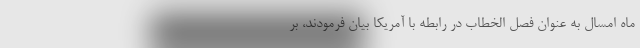
ماه امسال به عنوان فصل الخطاب در رابطه با آمریکا بیان فرمودند، بر